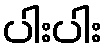
ပါးပါး